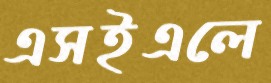
এসইএলে